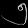
Digit: ၅